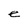
Character: e